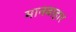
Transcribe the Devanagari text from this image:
मानवाहार